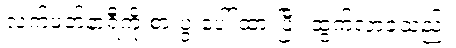
လက်ပတ်နာရီကို စားပွဲ ပေါ် ထားပြီး ထွက်လာခဲ့သည်။